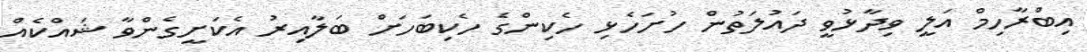
އިބްރާހިމް އަލީ ވިދާޅުވީ ދައުލަތުން ހުށަހެޅި ހެކިންގެ ހެކިބަހަށް ބަލާއިރު އެކަށީގެންވާ ޝައްކެއް